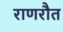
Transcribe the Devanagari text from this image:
राणरौत